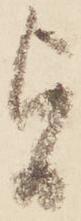
旨